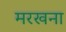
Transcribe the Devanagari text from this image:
मरखना